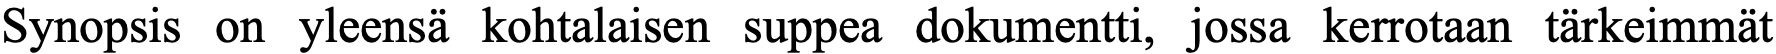
Synopsis on yleensä kohtalaisen suppea dokumentti, jossa kerrotaan tärkeimmät